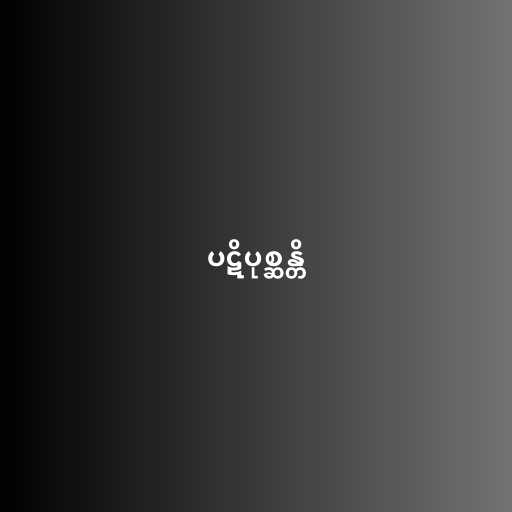
ပဋိပုစ္ဆန္တိ